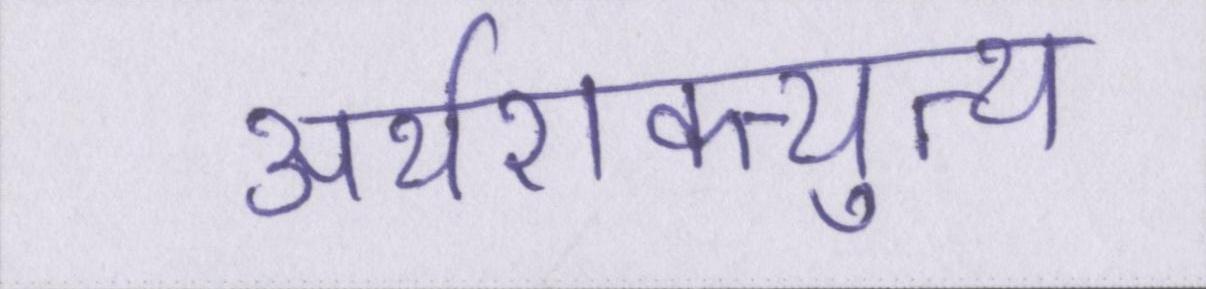
अर्थशक्त्युत्थ